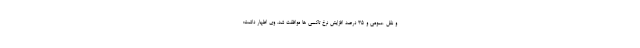
و نقل عمومی و ۳۵ درصد افزایش نرخ تاکسی ها موافقت شد. وی اظهار داشت: